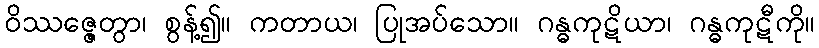
ဝိဿဇ္ဇေတွာ၊ စွန့်၍။ ကတာယ၊ ပြုအပ်သော။ ဂန္ဓကုဋိယာ၊ ဂန္ဓကုဋီကို။